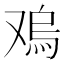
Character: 𠭬